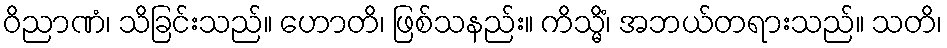
ဝိညာဏံ၊ သိခြင်းသည်။ ဟောတိ၊ ဖြစ်သနည်း။ ကိသ္မိံ၊ အဘယ်တရားသည်။ သတိ၊